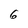
Character: 6